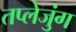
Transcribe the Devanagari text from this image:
तप्लेजुंग